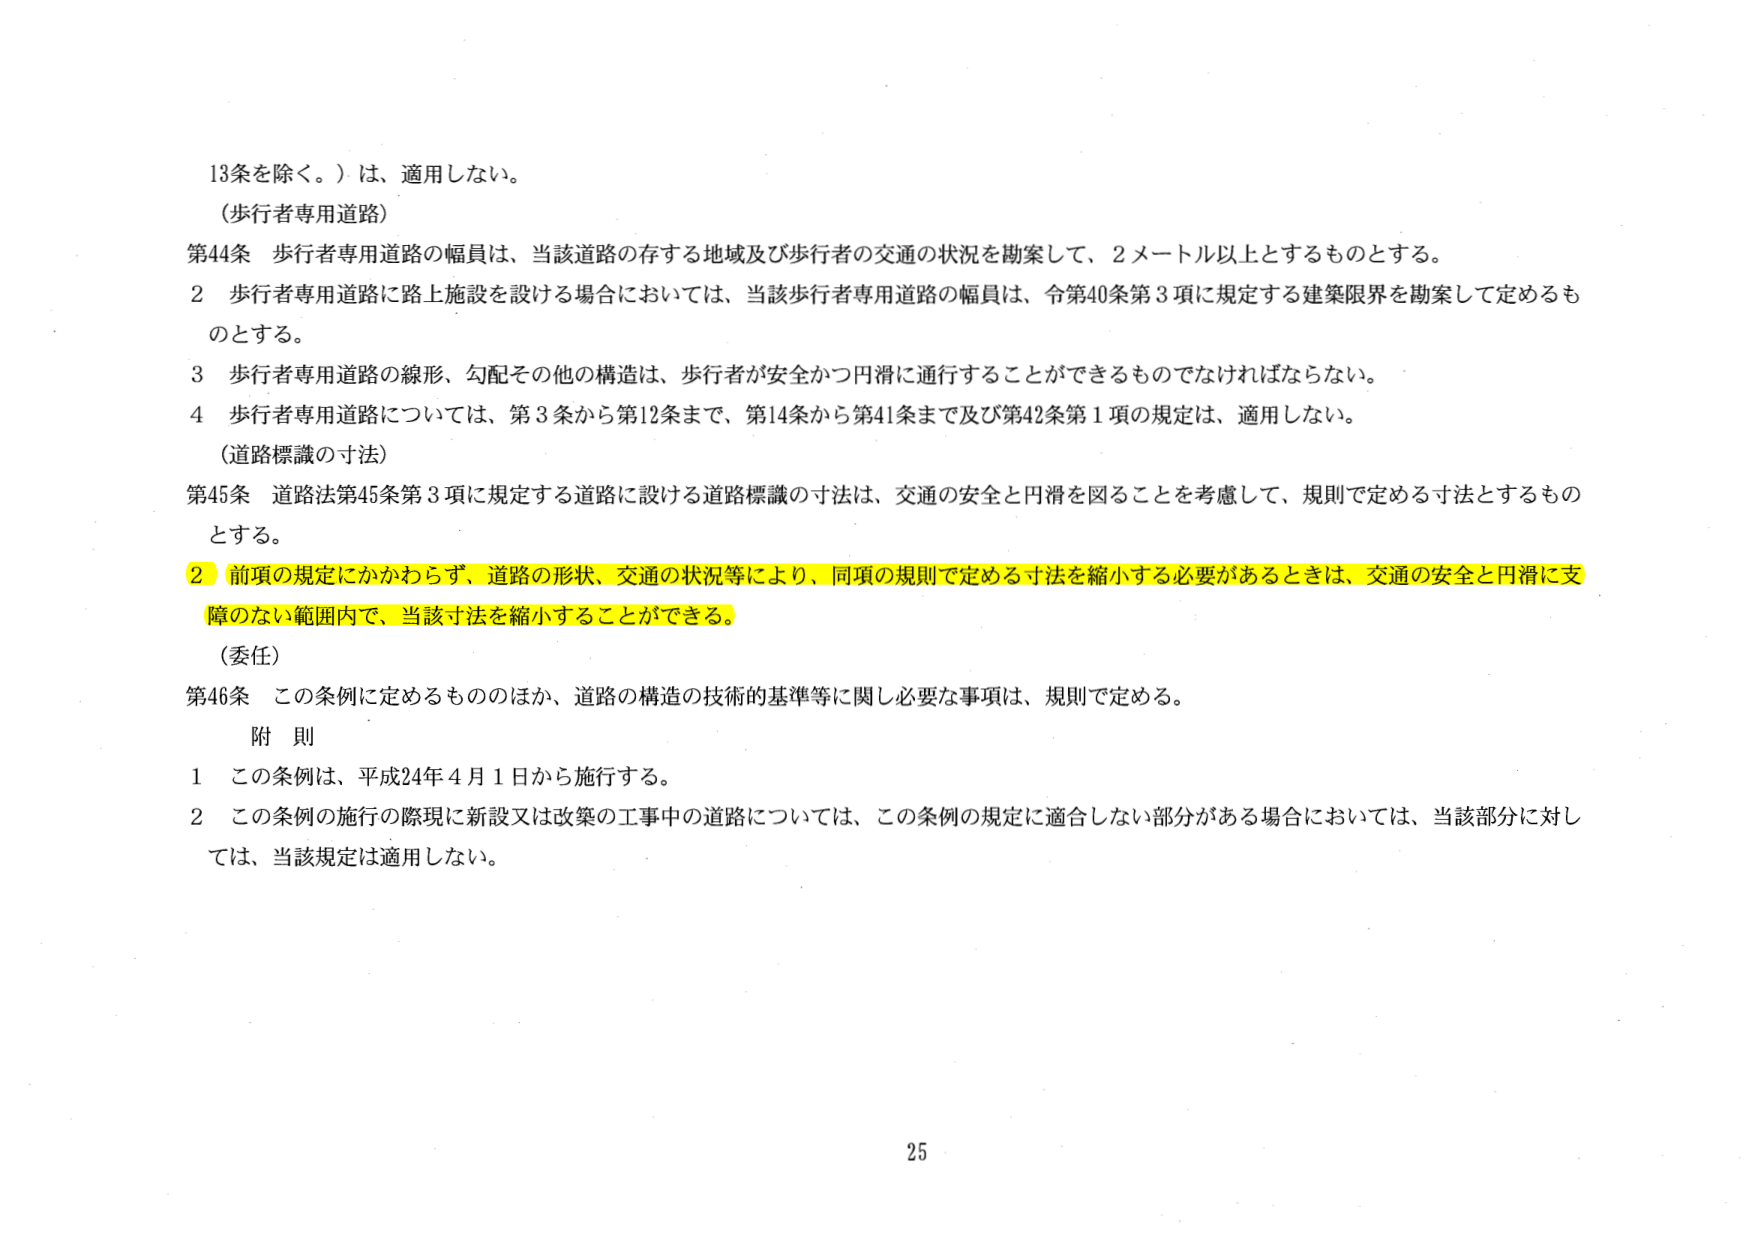
13条を除く。）は、適用しない。

（歩行者専用道路）

第44条 歩行者専用道路の幅員は、当該道路の存する地域及び歩行者の交通の状況を勘案して、2メートル以上とするものとする。

2 歩行者専用道路に路上施設を設ける場合においては、当該歩行者専用道路の幅員は、令第40条第3項に規定する建築限界を勘案して定めるものとする。

3 歩行者専用道路の線形、勾配その他の構造は、歩行者が安全かつ円滑に通行することができるものでなければならない。

4 歩行者専用道路については、第3条から第12条まで、第14条から第41条まで及び第42条第1項の規定は、適用しない。

（道路標識の寸法）

第45条 道路法第45条第3項に規定する道路に設ける道路標識の寸法は、交通の安全と円滑を図ることを考慮して、規則で定める寸法とするものとする。

2 前項の規定にかかわらず、道路の形状、交通の状況等により、同項の規則で定める寸法を縮小する必要があるときは、交通の安全と円滑に支障のない範囲内で、当該寸法を縮小することができる。

（委任）

第46条 この条例に定めるもののほか、道路の構造の技術的基準等に関し必要な事項は、規則で定める。

附 則

1 この条例は、平成24年4月1日から施行する。

2 この条例の施行の際現に新設又は改築の工事中の道路については、この条例の規定に適合しない部分がある場合においては、当該部分に対しては、当該規定は適用しない。

25